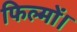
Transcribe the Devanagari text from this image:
फिल्मों।